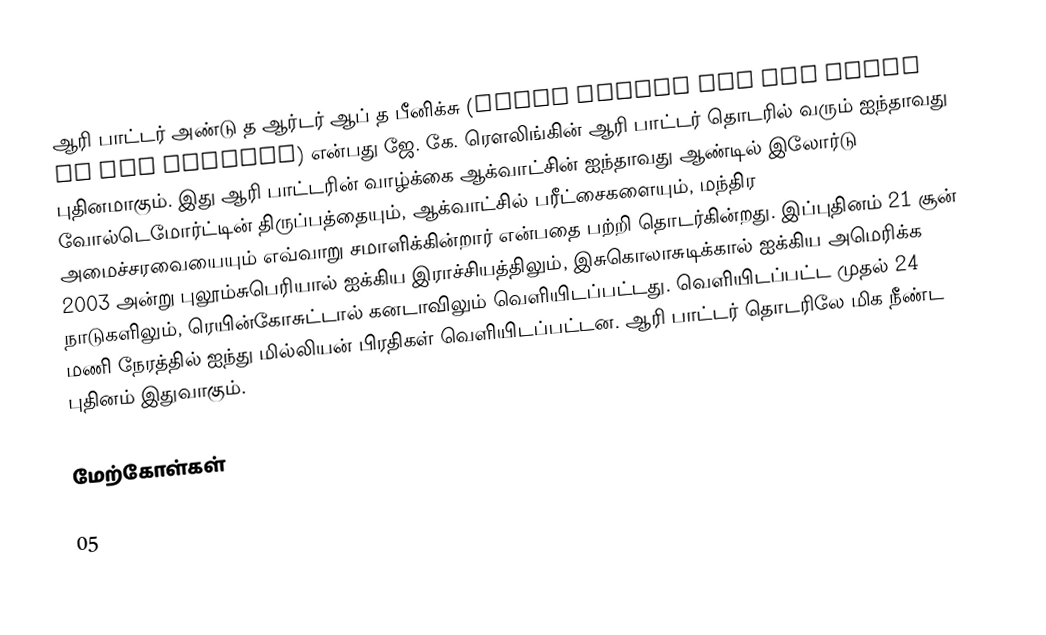
ஆரி பாட்டர் அண்டு த ஆர்டர் ஆப் த பீனிக்சு (Harry Potter and the Order of the Phoenix) என்பது ஜே. கே. ரௌலிங்கின் ஆரி பாட்டர் தொடரில் வரும் ஐந்தாவது புதினமாகும். இது ஆரி பாட்டரின் வாழ்க்கை ஆக்வாட்சின் ஐந்தாவது ஆண்டில் இலோர்டு வோல்டெமோர்ட்டின் திருப்பத்தையும், ஆக்வாட்சில் பரீட்சைகளையும், மந்திர அமைச்சரவையையும் எவ்வாறு சமாளிக்கின்றார் என்பதை பற்றி தொடர்கின்றது. இப்புதினம் 21 சூன் 2003 அன்று புலூம்சுபெரியால் ஐக்கிய இராச்சியத்திலும், இசுகொலாசுடிக்கால் ஐக்கிய அமெரிக்க நாடுகளிலும், ரெயின்கோசுட்டால் கனடாவிலும் வெளியிடப்பட்டது. வெளியிடப்பட்ட முதல் 24 மணி நேரத்தில் ஐந்து மில்லியன் பிரதிகள் வெளியிடப்பட்டன. ஆரி பாட்டர் தொடரிலே மிக நீண்ட புதினம் இதுவாகும்.

மேற்கோள்கள்

05